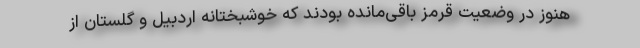
هنوز در وضعیت قرمز باقی‌مانده بودند که خوشبختانه اردبیل و گلستان از